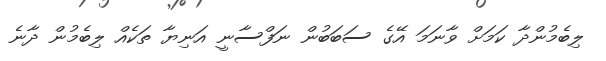
ލިބެމުންދާ ކަމަށް ވާނަމަ އޭގެ ސަބަބުން ނަފްސާނީ އަނިޔާ ތަކެއް ލިބެމުން ދާނެ